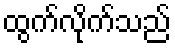
ထွက်လိုက်သည်